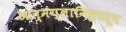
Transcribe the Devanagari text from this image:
आत्मग्लानिस्वरूप